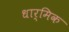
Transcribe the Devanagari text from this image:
धार्मिक